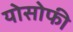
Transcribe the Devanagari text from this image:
योसोफी